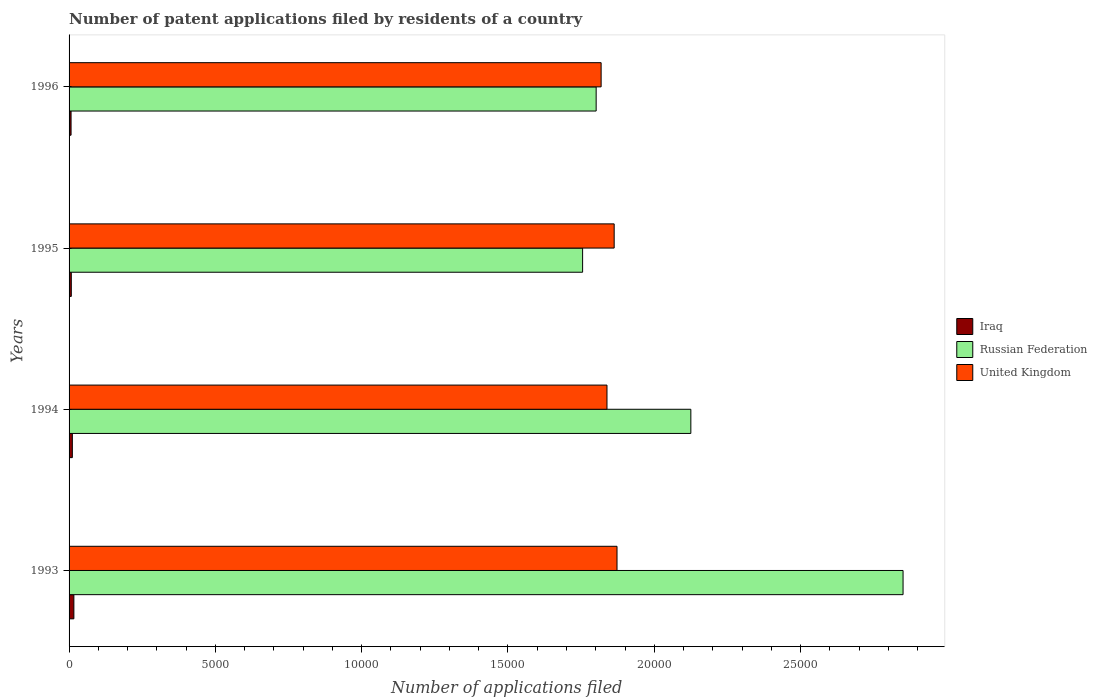
| Years | Iraq | Russian Federation | United Kingdom |
 | --- | --- | --- | --- |
 | 1993 | 164 | 2.85e+04 | 1.87e+04 |
 | 1994 | 112 | 2.12e+04 | 1.84e+04 |
 | 1995 | 76 | 1.76e+04 | 1.86e+04 |
 | 1996 | 68 | 1.8e+04 | 1.82e+04 |